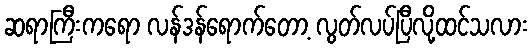
ဆရာကြီးကရော လန်ဒန်ရောက်တော့ လွတ်လပ်ပြီလို့ထင်သလား